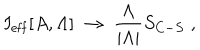
LaTeX: I _ { \mathrm { e f f } } [ A , \Lambda ] \; \to \; \frac { \Lambda } { | \Lambda | } S _ { C - S } \; ,